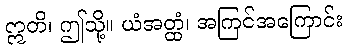
ဣတိ၊ ဤသို့။ ယံအတ္ထံ၊ အကြင်အကြောင်း